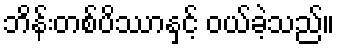
ဘိန်းတစ်ပိဿာနှင့် ဝယ်ခဲ့သည်။